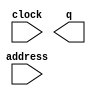
// megafunction wizard: %ROM: 1-PORT%VBB%
// GENERATION: STANDARD
// VERSION: WM1.0
// MODULE: altsyncram 

// ============================================================
// Megafunction Name(s):
// 			altsyncram
//
// Simulation Library Files(s):
// 			altera_mf
// ============================================================
// ************************************************************
// THIS IS A WIZARD-GENERATED FILE. DO NOT EDIT THIS FILE!
//
// 17.0.0 Build 595 04/25/2017 SJ Standard Edition
// ************************************************************

//Copyright (C) 2017  Intel Corporation. All rights reserved.
//Your use of Intel Corporation's design tools, logic functions 
//and other software and tools, and its AMPP partner logic 
//functions, and any output files from any of the foregoing 
//(including device programming or simulation files), and any 
//associated documentation or information are expressly subject 
//to the terms and conditions of the Intel Program License 
//Subscription Agreement, the Intel Quartus Prime License Agreement,
//the Intel MegaCore Function License Agreement, or other 
//applicable license agreement, including, without limitation, 
//that your use is for the sole purpose of programming logic 
//devices manufactured by Intel and sold by Intel or its 
//authorized distributors.  Please refer to the applicable 
//agreement for further details.

module rom2 (
	address,
	clock,
	q);

	input	[15:0]  address;
	input	  clock;
	output	[15:0]  q;
`ifndef ALTERA_RESERVED_QIS
// synopsys translate_off
`endif
	tri1	  clock;
`ifndef ALTERA_RESERVED_QIS
// synopsys translate_on
`endif

endmodule

// ============================================================
// CNX file retrieval info
// ============================================================
// Retrieval info: PRIVATE: ADDRESSSTALL_A NUMERIC "0"
// Retrieval info: PRIVATE: AclrAddr NUMERIC "0"
// Retrieval info: PRIVATE: AclrByte NUMERIC "0"
// Retrieval info: PRIVATE: AclrOutput NUMERIC "0"
// Retrieval info: PRIVATE: BYTE_ENABLE NUMERIC "0"
// Retrieval info: PRIVATE: BYTE_SIZE NUMERIC "8"
// Retrieval info: PRIVATE: BlankMemory NUMERIC "0"
// Retrieval info: PRIVATE: CLOCK_ENABLE_INPUT_A NUMERIC "0"
// Retrieval info: PRIVATE: CLOCK_ENABLE_OUTPUT_A NUMERIC "0"
// Retrieval info: PRIVATE: Clken NUMERIC "0"
// Retrieval info: PRIVATE: IMPLEMENT_IN_LES NUMERIC "0"
// Retrieval info: PRIVATE: INIT_FILE_LAYOUT STRING "PORT_A"
// Retrieval info: PRIVATE: INIT_TO_SIM_X NUMERIC "0"
// Retrieval info: PRIVATE: INTENDED_DEVICE_FAMILY STRING "Cyclone IV E"
// Retrieval info: PRIVATE: JTAG_ENABLED NUMERIC "0"
// Retrieval info: PRIVATE: JTAG_ID STRING "NONE"
// Retrieval info: PRIVATE: MAXIMUM_DEPTH NUMERIC "0"
// Retrieval info: PRIVATE: MIFfilename STRING "../../../Work_murmansk/Octave/coeff.mif"
// Retrieval info: PRIVATE: NUMWORDS_A NUMERIC "65536"
// Retrieval info: PRIVATE: RAM_BLOCK_TYPE NUMERIC "2"
// Retrieval info: PRIVATE: RegAddr NUMERIC "1"
// Retrieval info: PRIVATE: RegOutput NUMERIC "1"
// Retrieval info: PRIVATE: SYNTH_WRAPPER_GEN_POSTFIX STRING "0"
// Retrieval info: PRIVATE: SingleClock NUMERIC "1"
// Retrieval info: PRIVATE: UseDQRAM NUMERIC "0"
// Retrieval info: PRIVATE: WidthAddr NUMERIC "16"
// Retrieval info: PRIVATE: WidthData NUMERIC "16"
// Retrieval info: PRIVATE: rden NUMERIC "0"
// Retrieval info: LIBRARY: altera_mf altera_mf.altera_mf_components.all
// Retrieval info: CONSTANT: ADDRESS_ACLR_A STRING "NONE"
// Retrieval info: CONSTANT: CLOCK_ENABLE_INPUT_A STRING "BYPASS"
// Retrieval info: CONSTANT: CLOCK_ENABLE_OUTPUT_A STRING "BYPASS"
// Retrieval info: CONSTANT: INIT_FILE STRING "../../../Work_murmansk/Octave/coeff.mif"
// Retrieval info: CONSTANT: INTENDED_DEVICE_FAMILY STRING "Cyclone IV E"
// Retrieval info: CONSTANT: LPM_HINT STRING "ENABLE_RUNTIME_MOD=NO"
// Retrieval info: CONSTANT: LPM_TYPE STRING "altsyncram"
// Retrieval info: CONSTANT: NUMWORDS_A NUMERIC "65536"
// Retrieval info: CONSTANT: OPERATION_MODE STRING "ROM"
// Retrieval info: CONSTANT: OUTDATA_ACLR_A STRING "NONE"
// Retrieval info: CONSTANT: OUTDATA_REG_A STRING "CLOCK0"
// Retrieval info: CONSTANT: RAM_BLOCK_TYPE STRING "M9K"
// Retrieval info: CONSTANT: WIDTHAD_A NUMERIC "16"
// Retrieval info: CONSTANT: WIDTH_A NUMERIC "16"
// Retrieval info: CONSTANT: WIDTH_BYTEENA_A NUMERIC "1"
// Retrieval info: USED_PORT: address 0 0 16 0 INPUT NODEFVAL "address[15..0]"
// Retrieval info: USED_PORT: clock 0 0 0 0 INPUT VCC "clock"
// Retrieval info: USED_PORT: q 0 0 16 0 OUTPUT NODEFVAL "q[15..0]"
// Retrieval info: CONNECT: @address_a 0 0 16 0 address 0 0 16 0
// Retrieval info: CONNECT: @clock0 0 0 0 0 clock 0 0 0 0
// Retrieval info: CONNECT: q 0 0 16 0 @q_a 0 0 16 0
// Retrieval info: GEN_FILE: TYPE_NORMAL rom2.v TRUE
// Retrieval info: GEN_FILE: TYPE_NORMAL rom2.inc FALSE
// Retrieval info: GEN_FILE: TYPE_NORMAL rom2.cmp FALSE
// Retrieval info: GEN_FILE: TYPE_NORMAL rom2.bsf FALSE
// Retrieval info: GEN_FILE: TYPE_NORMAL rom2_inst.v TRUE
// Retrieval info: GEN_FILE: TYPE_NORMAL rom2_bb.v TRUE
// Retrieval info: LIB_FILE: altera_mf